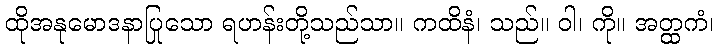
ထိုအနုမောဒနာပြုသော ရဟန်းတို့သည်သာ။ ကထိနံ၊ သည်။ ဝါ၊ ကို။ အတ္ထကံ၊